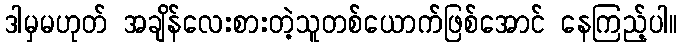
ဒါမှမဟုတ် အချိန်လေးစားတဲ့သူတစ်ယောက်ဖြစ်အောင် နေကြည့်ပါ။